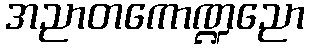
အညာတကောဏ္ဍညော